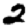
Digit: 2